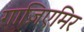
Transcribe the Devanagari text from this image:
गाज़िएमिर